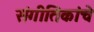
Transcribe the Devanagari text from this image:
संगीतिकांचे